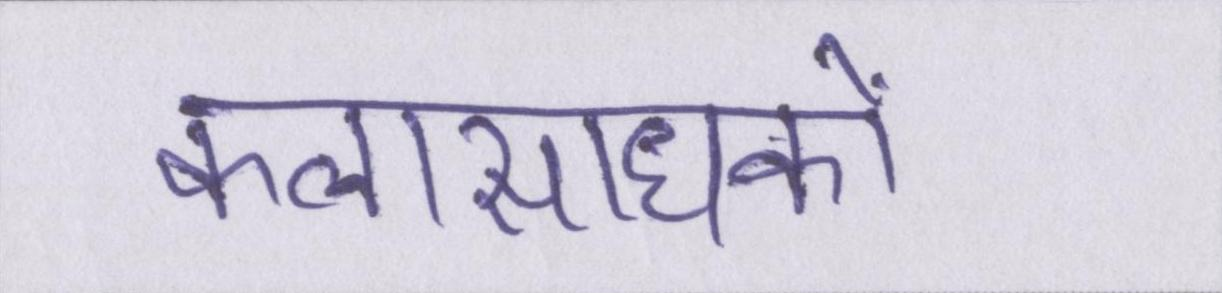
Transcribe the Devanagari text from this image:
कलासाधकों